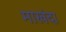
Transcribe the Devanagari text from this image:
माखंदा